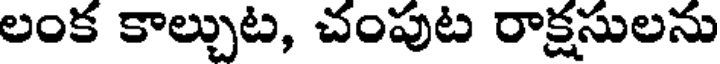
లంక కాల్చుట, చంపుట రాక్షసులను